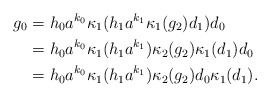
\begin{align*}g_0 &= h_0 a^{k_0} \kappa_1(h_1 a^{k_1} \kappa_1(g_2) d_1) d_0\\&= h_0 a^{k_0} \kappa_1(h_1 a^{k_1}) \kappa_2(g_2) \kappa_1(d_1) d_0\\&= h_0 a^{k_0} \kappa_1(h_1 a^{k_1}) \kappa_2(g_2) d_0 \kappa_1(d_1).\end{align*}